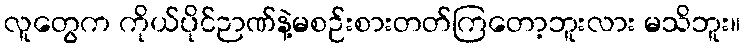
လူတွေက ကိုယ်ပိုင်ဉာဏ်နဲ့မစဉ်းစားတတ်ကြတော့ဘူးလား မသိဘူး။